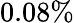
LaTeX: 0.08\%